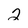
Character: 2